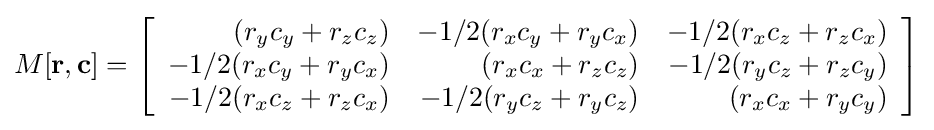
M[\mathbf {r} ,\mathbf {c} ]=\left[{\begin{array}{rrr}(r_{y}c_{y}+r_{z}c_{z})&-1/2(r_{x}c_{y}+r_{y}c_{x})&-1/2(r_{x}c_{z}+r_{z}c_{x})\\-1/2(r_{x}c_{y}+r_{y}c_{x})&(r_{x}c_{x}+r_{z}c_{z})&-1/2(r_{y}c_{z}+r_{z}c_{y})\\-1/2(r_{x}c_{z}+r_{z}c_{x})&-1/2(r_{y}c_{z}+r_{y}c_{z})&(r_{x}c_{x}+r_{y}c_{y})\end{array}}\right]